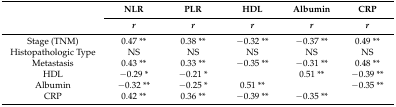
<table><thead><tr><td rowspan="2"></td><td><b>NLR</b></td><td><b>PLR</b></td><td><b>HDL</b></td><td><b>Albumin</b></td><td><b>CRP</b></td></tr><tr><td><b><i>r</i></b></td><td><b><i>r</i></b></td><td><b><i>r</i></b></td><td><b><i>r</i></b></td><td><b><i>r</i></b></td></tr></thead><tbody><tr><td>Stage (TNM)</td><td>0.47 **</td><td>0.38 **</td><td>−0.32 **</td><td>−0.37 **</td><td>0.49 **</td></tr><tr><td>Histopathologic Type</td><td>NS</td><td>NS</td><td>NS</td><td>NS</td><td>NS</td></tr><tr><td>Metastasis</td><td>0.43 **</td><td>0.33 **</td><td>−0.35 **</td><td>−0.31 **</td><td>0.48 **</td></tr><tr><td>HDL</td><td>−0.29 *</td><td>−0.21 *</td><td></td><td>0.51 **</td><td>−0.39 **</td></tr><tr><td>Albumin</td><td>−0.32 **</td><td>−0.25 *</td><td>0.51 **</td><td></td><td>−0.35 **</td></tr><tr><td>CRP</td><td>0.42 **</td><td>0.36 **</td><td>−0.39 **</td><td>−0.35 **</td><td></td></tr></tbody></table>